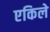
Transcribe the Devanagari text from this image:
एकिले